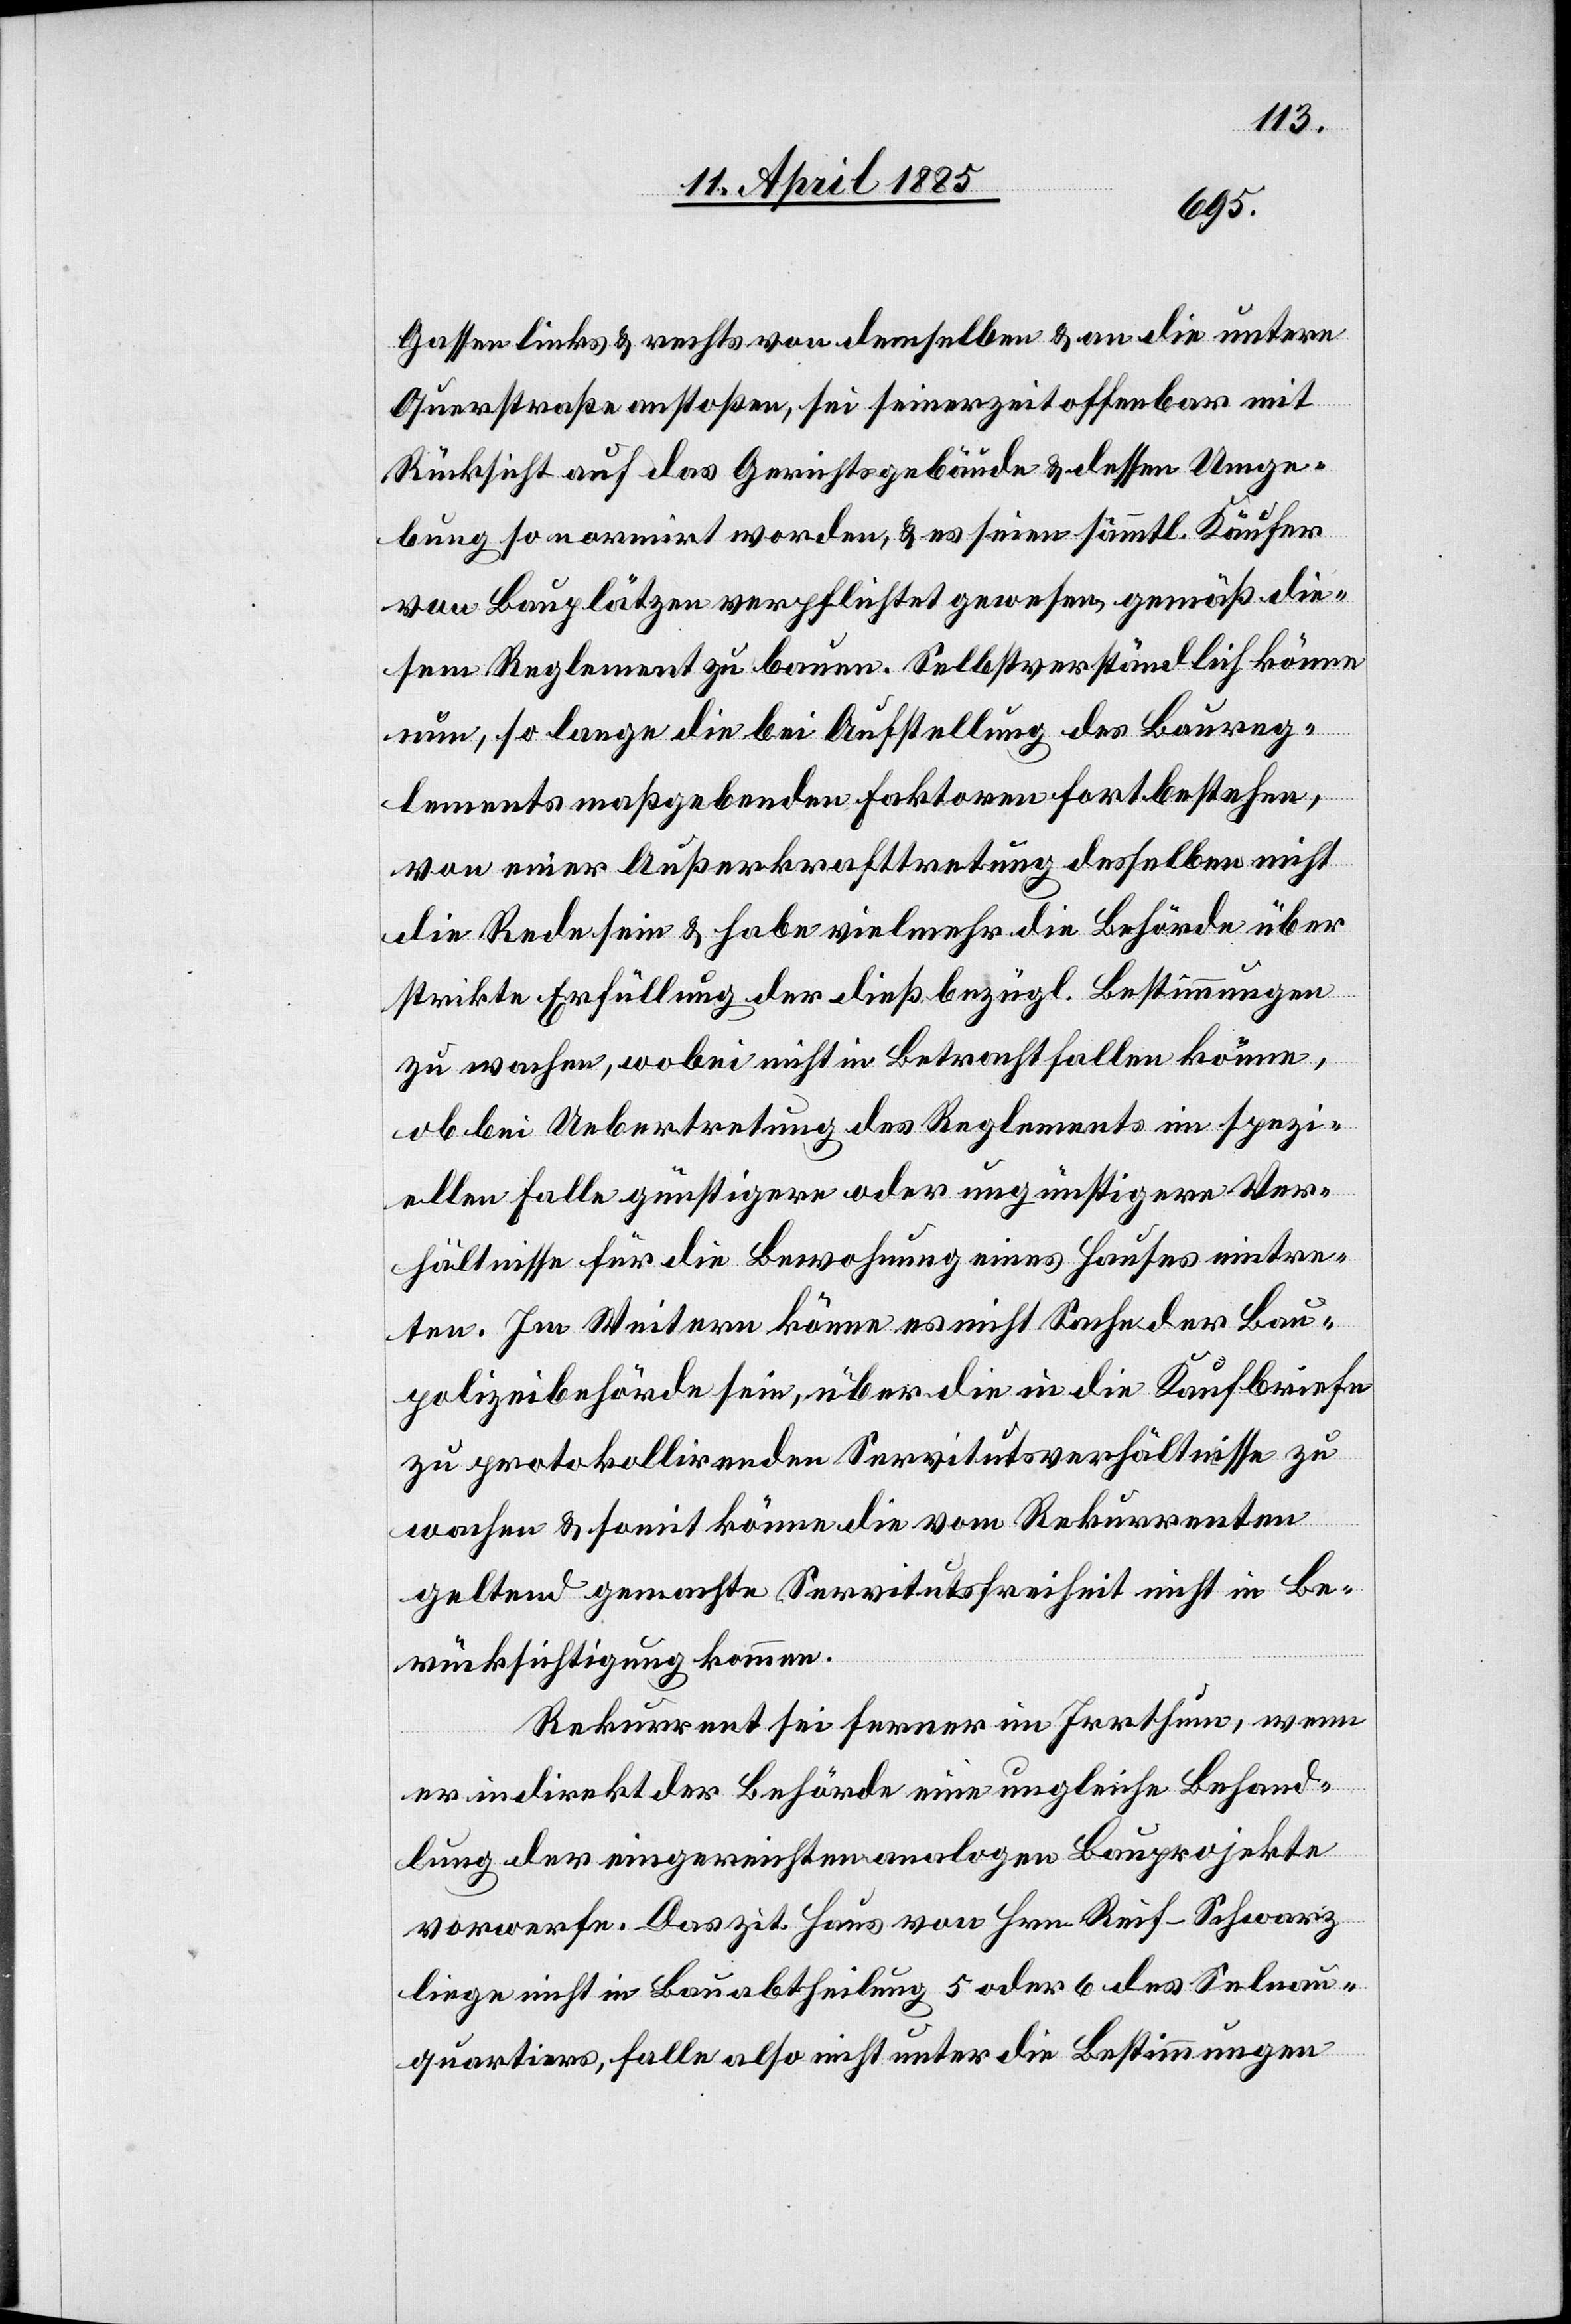
Gassen links & rechts von demselben & an die untere
Querstraße anstoßen, sei seinerzeit offenbar mit
Rücksicht auf das Gerichtsgebäude & dessen Umge¬
bung so normirt worden, & es seien sämmtl. Käufer
von Bauplätzen verpflichtet gewesen, gemäß die¬
sem Reglement zu bauen. Selbstverständlich könne
nun, so lange die bei Aufstellung des Baureg¬
lements maßgebenden Faktoren fortbestehen,
von einer Außerkrafttretung desselben nicht
die Rede sein & habe vielmehr die Behörde über
strikte Erfüllung der dießbezügl. Bestimmungen
zu wachen, wobei nicht in Betracht fallen könne,
ob bei Uebertretung des Reglements im spezi¬
ellen Falle günstigere oder ungünstigere Ver¬
hältnisse für die Bewohnung eines Hauses eintre¬
ten. Im weitern könne es nicht Sache der Bau¬
polizeibehörde sein, über die in die Kaufbriefe
zu protokollierenden Servitutsverhältnisse zu
wachen & somit könne die vom Rekurrenten
geltend gemachte Servitutsfreiheit nicht in Be¬
rücksichtigung kommen.
Rekurrent sei ferner im Irrthum, wenn
er indirekt der Behörde eine ungleiche Behand¬
lung der eingereichten analogen Bauprojekte
vorwerfe. Das zit. Haus von Hrn. Reif-Schwarz
liege nicht in Bauabtheilung 5 oder 6 des Selnau¬
quartiers, falle also nicht unter die Bestimmungen